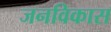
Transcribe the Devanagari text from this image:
जनविकास